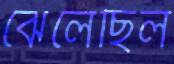
ঝেলেছিল